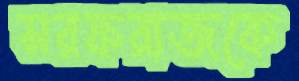
সরফরাজকে